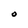
Character: 0